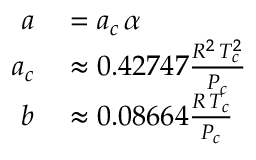
\begin{array} { r l } { a } & { { } = a _ { c } \, \alpha } \\ { a _ { c } } & { { } \approx 0 . 4 2 7 4 7 { \frac { R ^ { 2 } \, T _ { c } ^ { 2 } } { P _ { c } } } } \\ { b } & { { } \approx 0 . 0 8 6 6 4 { \frac { R \, T _ { c } } { P _ { c } } } } \end{array}